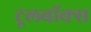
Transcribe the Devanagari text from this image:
टूलबॉक्स